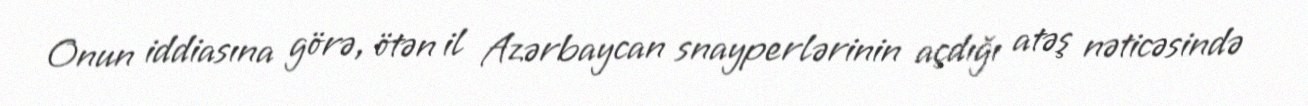
Onun iddiasına görə, ötən il Azərbaycan snayperlərinin açdığı atəş nəticəsində